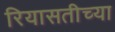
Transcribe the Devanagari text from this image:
रियासतीच्या